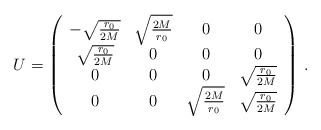
\begin{align*}U=\left(\begin{array}{cccc}-\sqrt{\frac{r_0}{2M}}&\sqrt{\frac{2M}{r_0}}&0&0\\\sqrt{\frac{r_0}{2M}}&0&0&0\\ 0&0&0&\sqrt{\frac{r_0}{2M}}\\0&0&\sqrt{\frac{2M}{r_0}}&\sqrt{\frac{r_0}{2M}}\end{array}\right)\,.\end{align*}